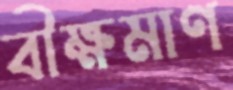
বীক্ষমাণ